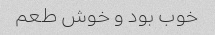
خوب بود و خوش طعم